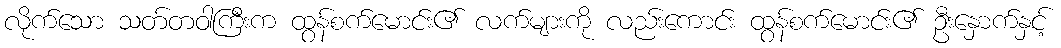
လိုက်သော သတ်တဝါကြီးက ထွန်စက်မောင်း၏ လက်များကို လည်းကောင်း ထွန်စက်မောင်း၏ ဦးနှောက်နှင့်